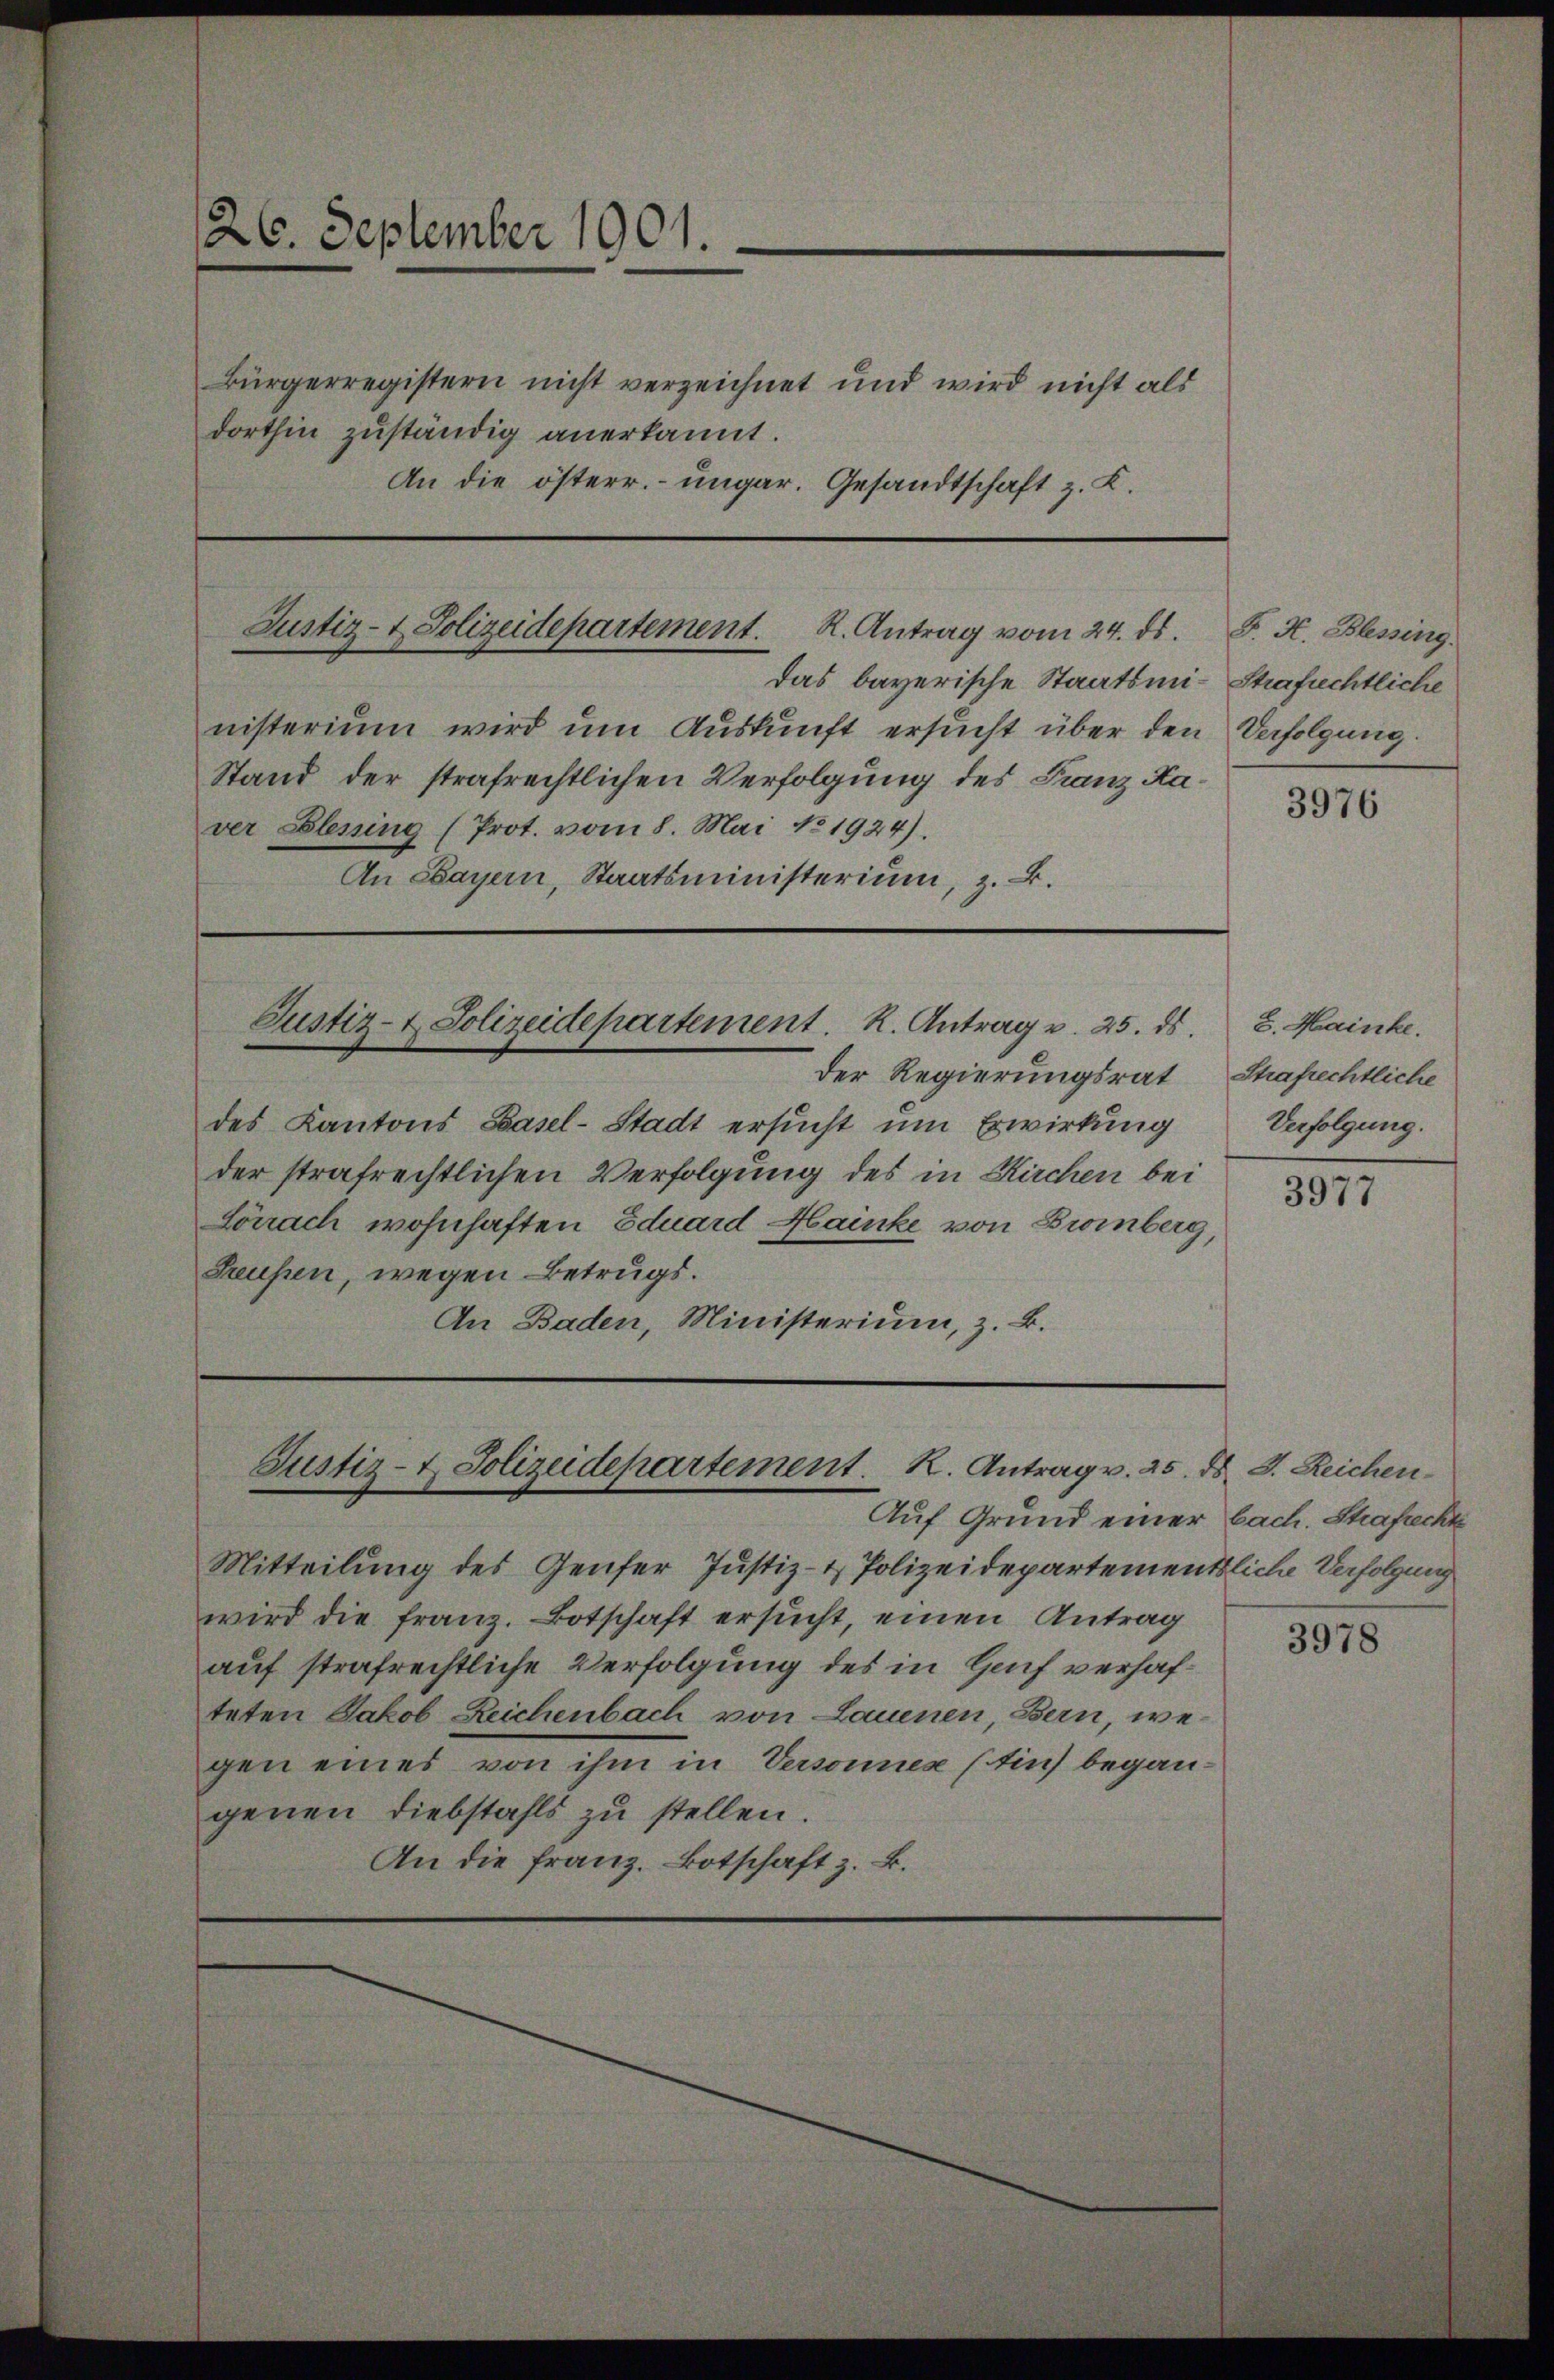
26. September 1901.

Bürgerregistern nicht verzeichnet und wird nicht als
dorthin zuständig anerkannt.
An die österr. ungar. Gesandtschaft z. K.

Justiz- & Polizeidepartement. R. Antrag vom 24. ds. S. K. Blessing.

das bayerische Staatsmi-Strafrechtliche
nisterium wird um Auskunft ersucht über den Verfolgung.
Stand der strafrechtlichen Verfolgung des Franz Kaver Elessing (Prot. vom 8. Mai 1924).
An Bayern, Staatsministerium, z. B.

Der Regierungsrat
des Kantons Basel-Stadt ersucht um Erwirkung
der strafrechtlichen Verfolgung des in Kirchen bei
Lörrach wohnhaften Eduard Hainke von Bromberg,
Teufen, wegen Betrugs.
An Baden, Ministerium, z. B.

Justiz- & Polizeidepartement. K. Antrag u. 25. ds.

Justiz- & Polizeidepartement. K. Antrag v. 25. ds.

Mitteilung des Genfer Justiz- & Polizeidepartements
wird die Franz. Botschaft ersucht, einen Antrag
auf strafrechtliche Verfolgung des in Genf verhafteten Jakob Reichenbach von Lauenen, Bern, wegen eines von ihm in Versonnes (in begangenen Diebstahls zu stellen.
An die Franz. Botschaft z. B.

Auf Grund einer bach. Strafrecht

3976

8. Mainke.
Strafrechtliche
Verfolgung.

3977

J. Reichen.
liche Verfolgung

3978